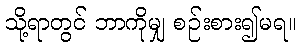
သို့ရာတွင် ဘာကိုမျှ စဉ်းစား၍မရ။